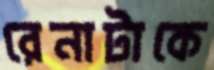
রেনাটাকে